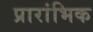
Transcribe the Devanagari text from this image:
प्रारांभिक